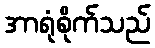
အာရုံစိုက်သည်